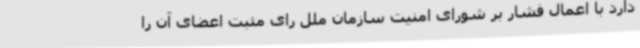
دارد با اعمال فشار بر شورای امنیت سازمان ملل رای مثبت اعضای آن را